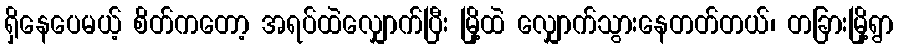
ရှိနေပေမယ့် စိတ်ကတော့ အရပ်ထဲလျှောက်ပြီး မြို့ထဲ လျှောက်သွားနေတတ်တယ်၊ တခြားမြို့ရွာ